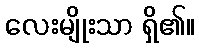
လေးမျိုးသာ ရှိ၏။